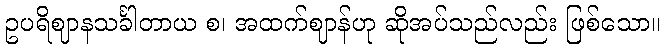
ဥပရိဈာနသင်္ခါတာယ စ၊ အထက်ဈာန်ဟု ဆိုအပ်သည်လည်း ဖြစ်သော။